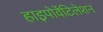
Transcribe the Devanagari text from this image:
हाइपोवेंटिलेशन